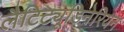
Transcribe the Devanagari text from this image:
लैटिट्यूडिनेरियन